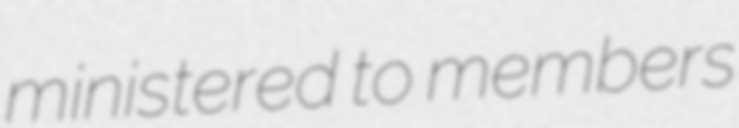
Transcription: ministered to members